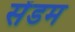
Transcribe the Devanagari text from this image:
सेंडम